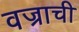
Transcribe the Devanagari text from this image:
वज्राची